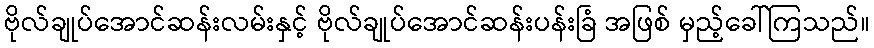
ဗိုလ်ချုပ်အောင်ဆန်းလမ်းနှင့် ဗိုလ်ချုပ်အောင်ဆန်းပန်းခြံ အဖြစ် မှည့်ခေါ်ကြသည်။